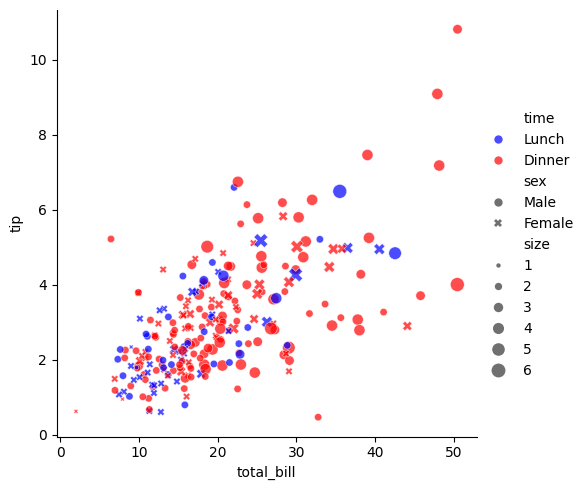
python, seaborn, relplot, alpha=0.7